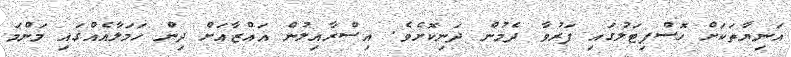
އަނިޔާތަކަށް ހޮސްޕިޓަލުގައި ފަރުވާ ދެމުން ދަނިކޮށެވެ. އިސްރާއިލުން ޣައްޒާއަށް ދިން ހަމަލާއެއްގައި މަންމަ